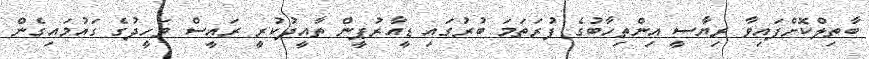
ބާތިލްކޮށްފައިވާ ރިޔާސީ އިންތިހާބުގެ ފުރަތަމަ ބުރުގައި ޑީއާރުޕީން ތާއީދުކުރީ ރައީސް ވަހީދުގެ ގައުމައިގެން